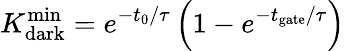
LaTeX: K_{\mathrm{dark}}^{\mathrm{min}}=e^{-{t_{0}}/{\tau}}\left(1-e^{-{t_{\mathrm{gate}}}/{\tau}}\right)